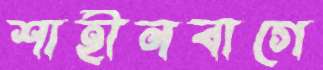
শাহীনবাগে